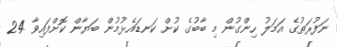
ނަފުރަތުގެ އަމަލު ހިންގުން މި ބާބުގެ ކުށް ކަނޑައެޅުމުން ބަޔާން ކޮށްފައިވާ 24